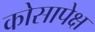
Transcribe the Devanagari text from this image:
कोसापेक्ष